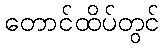
တောင်ထိပ်တွင်